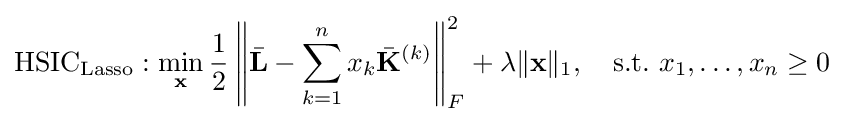
\mathrm {HSIC_{Lasso}} :\min _{\mathbf {x} }{\frac {1}{2}}\left\|{\bar {\mathbf {L} }}-\sum _{k=1}^{n}x_{k}{\bar {\mathbf {K} }}^{(k)}\right\|_{F}^{2}+\lambda \|\mathbf {x} \|_{1},\quad {\mbox{s.t.}}\ x_{1},\ldots ,x_{n}\geq 0